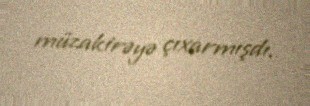
müzakirəyə çıxarmışdı.